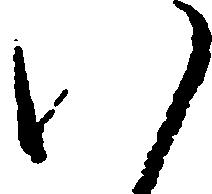
八